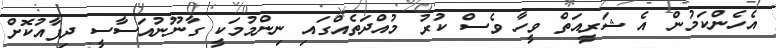
އެހެންކަމުން އެ ޝަރީއަތް ވީހާ ވެސް ކުރު މުއްދަތެއްގައި ނިންމުމަކީ ގާނޫނުއަސާސީ ދިފާއުކޮށް